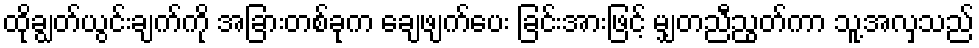
ထိုချွတ်ယွင်းချက်ကို အခြားတစ်ခုက ချေဖျက်ပေး ခြင်းအားဖြင့် မျှတညီညွတ်ကာ သူ့အလှသည်